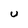
Character: u